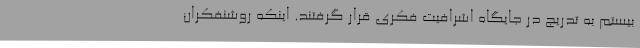
بیستم به تدریج در جایگاه اشرافیت فکری قرار گرفتند. اینکه روشنفکران